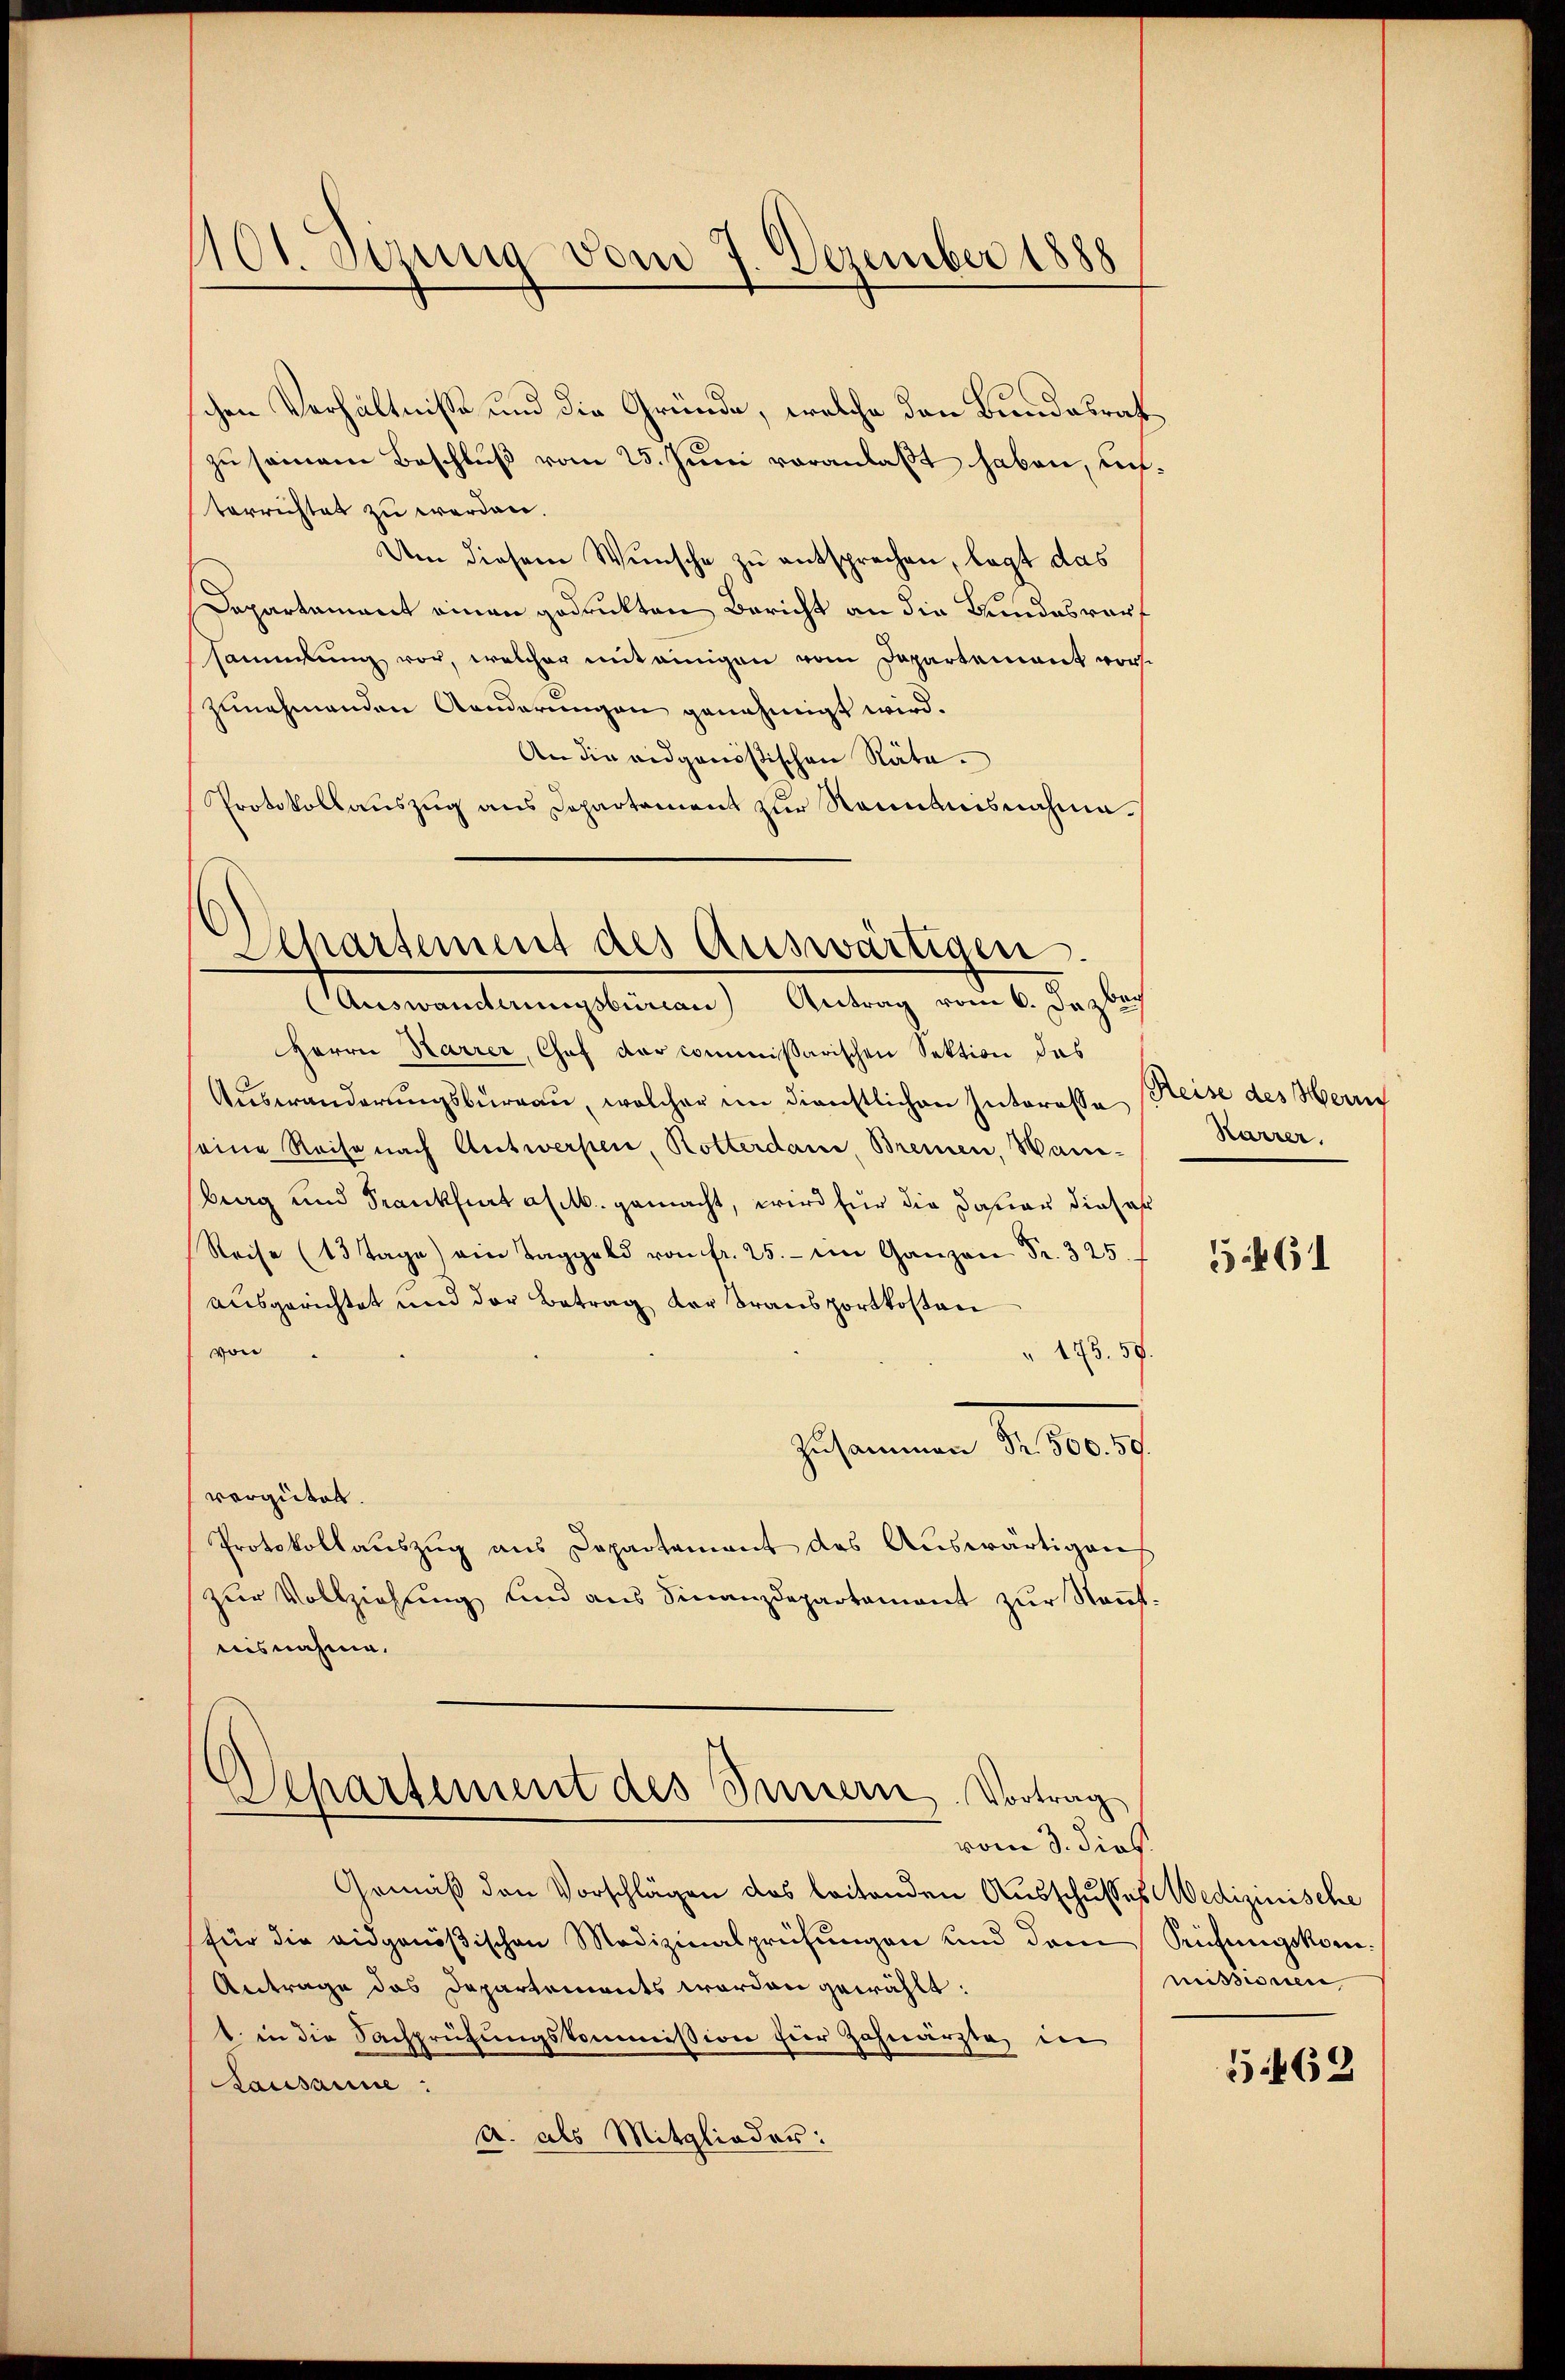
401. Sizung vom 7. Dezember 1888

schen Verhältnisse und die Gründe, welche den Bundesrath
zu seinem Beschluß vom 25. Juni veranlaßt haben, unterrichtet zu werden.
Um diesem Wunsche zu entsprechen, legt das
Dapartament einen gedrukten Bericht an die Bundesrauf
sammlung vor, welcher mit einigen vom Departement vorszunehmenden Aenderungen genehmigt wird.
An die eidgenößischen Räte.
Protokollauszug aus Departament zur Raumanisnahme.

Zepartement des Auswärtigen.
Auswanderungsbürcan) Antrag vom 6. Dezbach

Herrn Karrer, Chef der commißarischen Sektion das
Auswanderungsbureau, welcher im dienstlichen Interesse Reise des Herm
seine Reise nach Antwerpen, Rotterdan Bremen, Han-
berg und Sankfiat a M. gemacht, wird für die Dauer dieser
Reise (13 Tage) ein Taggeld von fr. 25. im Ganzen Fr. 325.
ausgerichtet und der Betrag der Transportkosten
von
 143. 59.
J. seinen S. 1807.
vergütet.
Protokollaŭszŭg ans Departement des Aŭswärtigens
Zŭr Vollziehung und ans Finanzdepartamant zŭr Naṅt.
nisnahme.

Separtement des Innern Vortrag
vom 3. dies

Gemäß den Vorschlägen des leitenden Ausschusses Medizinische
für die eidgenößischen Medizinalprüfŭngen und dem
Antrage das Departements worden gewählt:
1. in die Sachprüfungskommission für Zahnarzte in
Kausanne:
a. als Mitglieder:

Karrer.

5461

Prüfungskommissionen,

5462